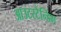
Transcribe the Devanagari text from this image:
आउटस्टैन्डिंग